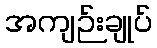
အကျဉ်းချုပ်